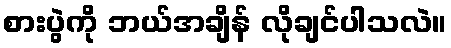
စားပွဲကို ဘယ်အချိန် လိုချင်ပါသလဲ။